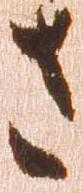
さ